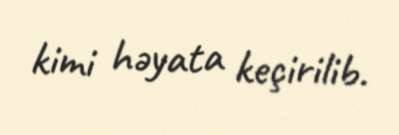
kimi həyata keçirilib.